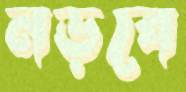
নড়বে